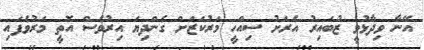
އޭނާ ވިދާޅުވީ ޒުބައިރު އެރަށު ސިއްހީ މަރުކަޒަށް ގެންދިޔަ އިރުވެސް އޮތީ މަރުވެފައި